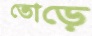
তোড়ে